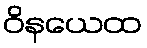
ဝိနယေထ